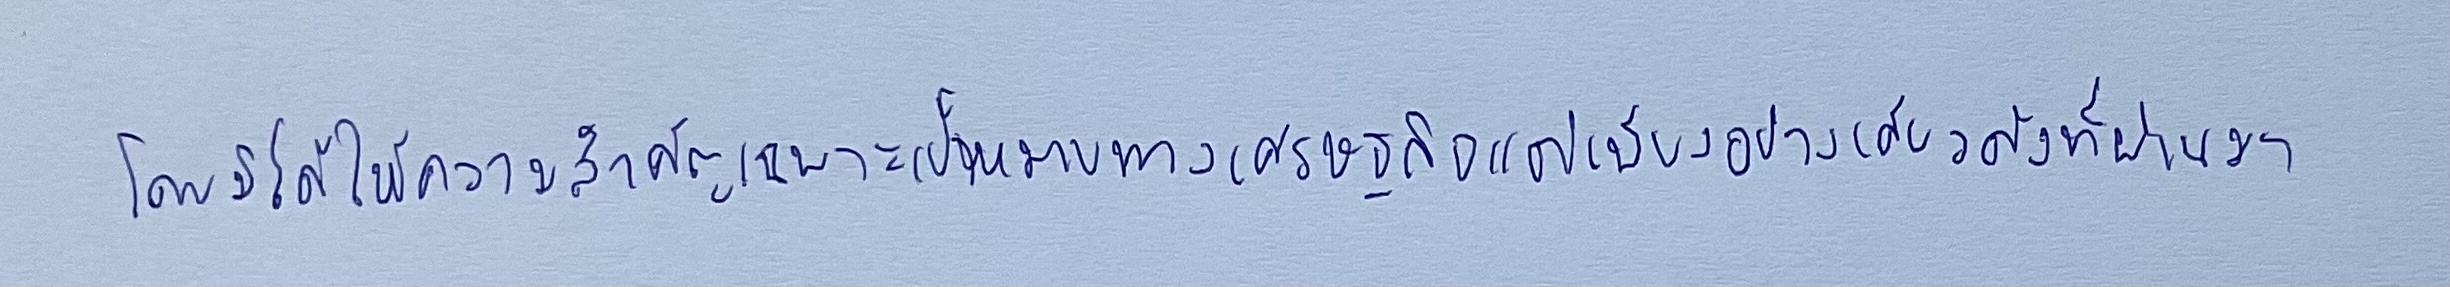
โดยมิได้ให้ความสำคัญเฉพาะเป้าหมายทางเศรษฐกิจแต่เพียงอย่างเดียวดังที่ผ่านมา